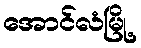
အောင်လံမြို့